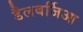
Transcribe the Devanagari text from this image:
डैलबर्जिआ